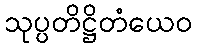
သုပ္ပတိဋ္ဌိတံယေဝ